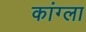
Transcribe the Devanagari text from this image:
कांग्ला